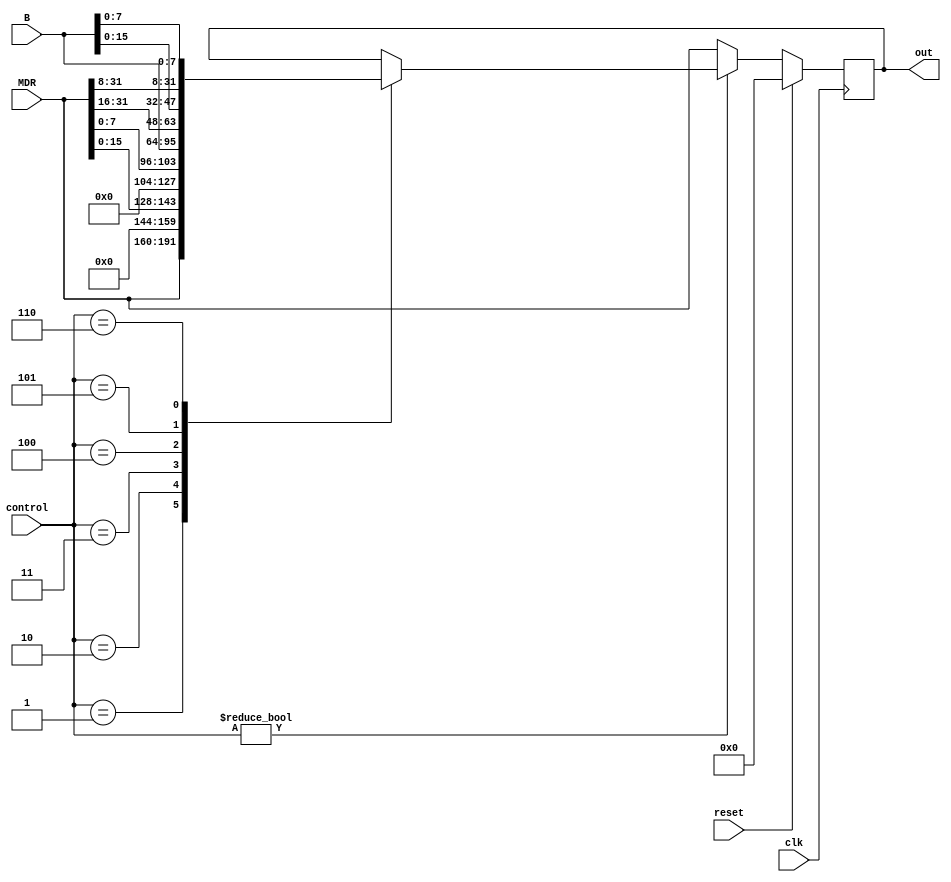
module LoadStore (
    input   wire              clk,
    input   wire              reset,
    input   wire    [2:0]     control,
    input   wire    [31:0]    MDR,
    input   wire    [31:0]    B,
    output  reg    [31:0]    out
);

always @(posedge clk) begin
    if (reset) begin
        out = 32'b0;
    end
    else begin
        if (control) begin
            case (control)
                3'b001: begin       // lw
                    out = MDR;
                end
                3'b010: begin       // lh
                    out = {16'b0, MDR[15:0]};
                end
                3'b011: begin       // lb
                    out = {24'b0, MDR[7:0]};
                end
                3'b100: begin       // sw
                    out = B;
                end
                3'b101: begin       // sh
                    out = {MDR[31:16], B[15:0]};
                end
                3'b110: begin       // sb
                    out = {MDR[31:8], B[7:0]};
                end
            endcase
        end
        else begin
            out = MDR;
        end
    end
end
endmodule